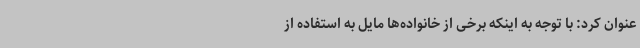
عنوان کرد: با توجه به اینکه برخی از خانواده‌ها مایل به استفاده از